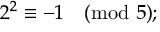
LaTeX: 2 ^ { 2 } \equiv - 1 { \pmod { 5 } } ;